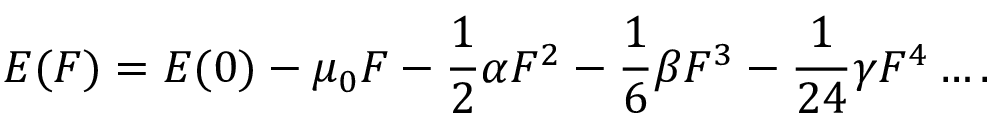
E ( F ) = E ( 0 ) - \mu _ { 0 } F - \frac { 1 } { 2 } \alpha F ^ { 2 } - \frac { 1 } { 6 } \beta F ^ { 3 } - \frac { 1 } { 2 4 } \gamma F ^ { 4 } \ldots .